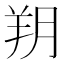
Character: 𦍤